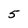
Character: 5